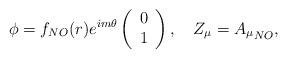
LaTeX: \begin{align*}\phi = f_{NO}(r)e^{im\theta} \left( \begin{array}{c} 0 \\ 1 \end{array}\right),\quad Z_{\mu} = {A_{\mu}}_{NO},\end{align*}